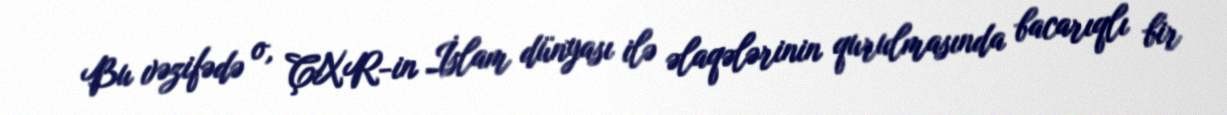
Bu vəzifədə o, ÇXR-in İslam dünyası ilə əlaqələrinin qurulmasında bacarıqlı bir